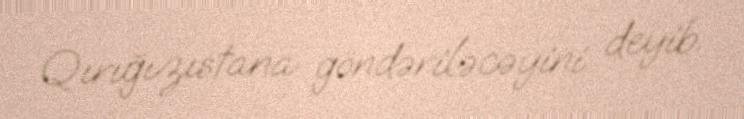
Qırığızıstana göndəriləcəyini deyib.